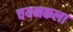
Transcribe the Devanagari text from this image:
चयनकला